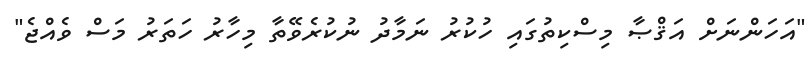
"އަހަންނަށް އަޤްޞާ މިސްކިތުގައި ހުކުރު ނަމާދު ނުކުރެވޭތާ މިހާރު ހަތަރު މަސް ވެއްޖެ"